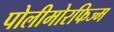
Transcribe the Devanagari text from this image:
पोलीमोरफिज्म